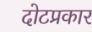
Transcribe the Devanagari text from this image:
दोटप्रकार